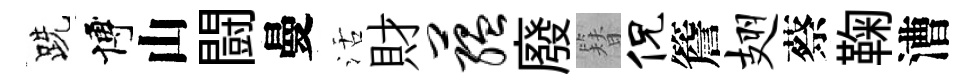
跣博山闘曼活財蕴廢簪侃簷翅蔡鞠漕